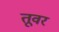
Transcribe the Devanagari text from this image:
तूवर